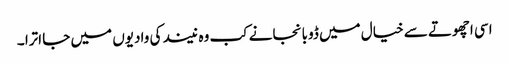
اسی اچھوتے سے خیال میں ڈوبا نجانے کب وہ نیند کی وادیوں میں جا اترا ۔